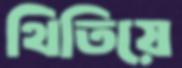
থিতিয়ে